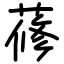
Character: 蓚